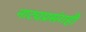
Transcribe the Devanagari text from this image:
नाट्यप्रसंगही